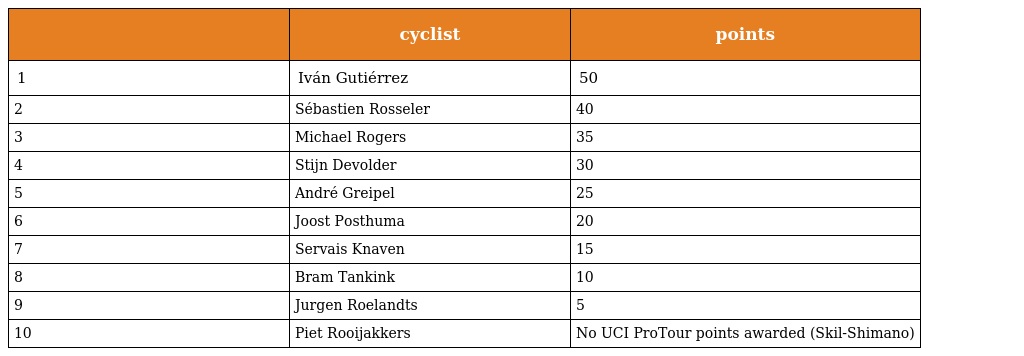
|  | cyclist | points |
 | --- | --- | --- |
 | 1 | Iván Gutiérrez | 50 |
 | 2 | Sébastien Rosseler | 40 |
 | 3 | Michael Rogers | 35 |
 | 4 | Stijn Devolder | 30 |
 | 5 | André Greipel | 25 |
 | 6 | Joost Posthuma | 20 |
 | 7 | Servais Knaven | 15 |
 | 8 | Bram Tankink | 10 |
 | 9 | Jurgen Roelandts | 5 |
 | 10 | Piet Rooijakkers | No UCI ProTour points awarded (Skil-Shimano) |